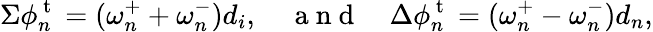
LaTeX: \Sigma{\phi}_{n}^{\mathrm{~t~}}=(\omega_{n}^{+}+\omega_{n}^{-})d_{i},\quad\mathrm{~a~n~d~}\quad\Delta\phi_{n}^{\mathrm{~t~}}=(\omega_{n}^{+}-\omega_{n}^{-})d_{n},